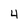
Character: 4